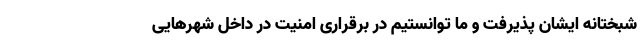
شبختانه ایشان پذیرفت و ما توانستیم در برقراری امنیت در داخل شهرهایی